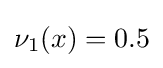
\nu _{1}(x)=0.5